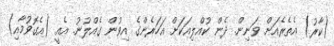
(ކާރު) އެތެރެއަށް ވަނިން. ދެން ކުއްލިއަކަށް އަހަރެންގެ އިވުން ގެއްލުނު. އެއީ (އެގޮވުމާއި)